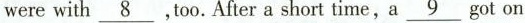
were with\underline{8},too. After a short time, a \underline{9}got on